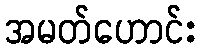
အမတ်ဟောင်း